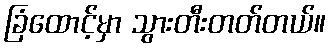
ခြံထောင့်မှာ သွားတီးတတ်တယ်။